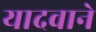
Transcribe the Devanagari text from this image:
यादवाने